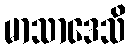
မာသာဒေသိ